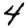
Digit: 4